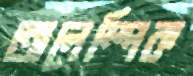
অলেম্পিক